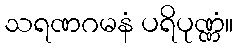
သရဏဂမနံ ပရိပုဏ္ဏံ။